Medical and sanitary report of the native army of Madras for the year
Year: 1875
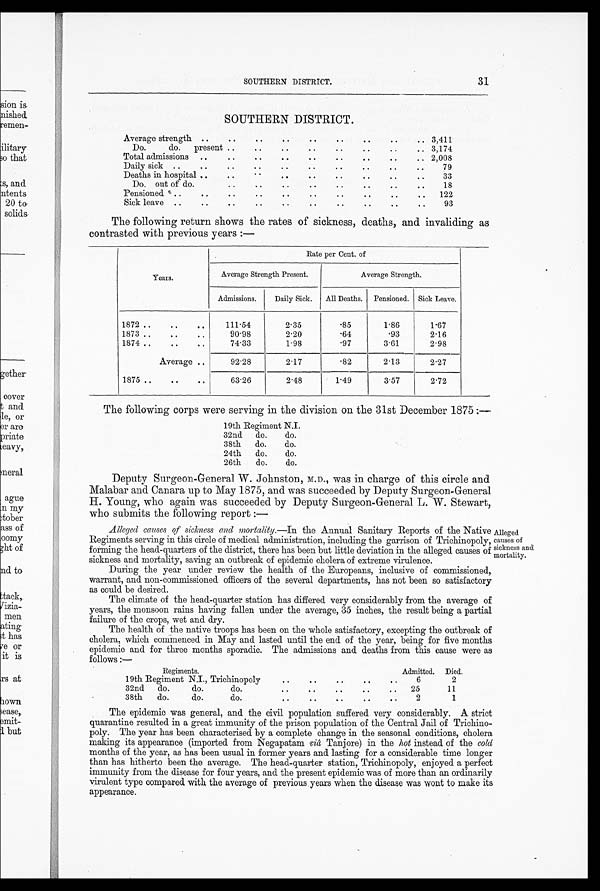
SOUTHERN DISTRICT. 31
SOUTHERN DISTRICT.
Average strength ...
... ... ... ... ...
3,411
Do.
do.
present ..
..
• •
. .
•
3,174
Total admissions
..
...
..
... ...
..
..
2,008
Daily sick ..
...
.. .. .. .
79
Deaths in hospital ..
..
.. ..
33
Do. out of do.
18
Pensioned • . .. • • . • . • .. 9 •
122
Sick leave
..
• 6
• •
. .
• .
93
The following return shows the rates of sickness, deaths, and invaliding as
contrasted with previous years :—
Years.
Rate per Cent. of
Average Strength Present.
Average Strength.
Admissions.
Daily Sick.
All Deaths.
Pensioned. Sick Leave.
1872 ..
..
..
111.54
2.35
.85
1.86
1.67
1873 ..
.. ..
90.98
2.20
.64
.93
2.16
1874 ..
. .
..
74.33
1.98
.97
3.61
2.98
Average ..
92.28
2.17
.82
2.13
2.27
1875 ..
..
..
63.26
2.48
1.49
3.57
2.72
The following corps were serving in the division on the 31st December 1875 :—
19th Regiment N.I.
32nd
do.
do.
38th
do.
do.
24th
do.
do.
26th
do.
do.
Deputy Surgeon-General W. Johnston, M.D., was in charge of this circle and
Malabar and Canara up to May 1875, and was succeeded by Deputy Surgeon-General
H. Young who again was succeeded by Deputy Surgeon-General L. W. Stewart,
who submits the following report : —
Alleged causes of sickness and mortality.—In the Annual Sanitary Reports of the Native
Regiments serving in this circle of medical administration, including the garrison of Trichinopoly,
forming the head-quarters of the district, there has been but little deviation in the alleged causes of
sickness and mortality, saving an outbreak of epidemic cholera of extreme virulence.
During the year under review the health of the Europeans, inclusive of commissioned,
warrant, and non-commissioned officers of the several departments, has not been so satisfactory
as could be desired.
The climate of the head-quarter station has differed very considerably from the average of
years, the monsoon rains having fallen under the average, 35 inches, the result being a partial
failure of the crops, wet and dry.
The health of the native troops has been on the whole satisfactory, excepting the outbreak of
cholera, which commenced in May and lasted until the end of the year, being for five months
epidemic and for three mouths sporadic. The admissions and deaths from this cause were as
follows :—
Alleged
causes of
sickness and
mortality.
Regiments.
Admitted. Died.
1 9 t h R e g i m e n t N . I T r i c h i n o p o i y
6
2
32nd
do.
do.
do...
..
..
. •
. .
25
11
38th
do.
do.
do.
..
..
..
..
..
2
1
The epidemic was general, and the civil population suffered very considerably. A strict
quarantine resulted in a great immunity of the prison population of the Central Jail of Trichino-
poly. The year has been characterised by a complete change in the seasonal conditions, cholera
making its appearance (imported from Negapatam viâ Tanjore) in the hot instead of the cold
months of the year, as has been usual in former years and lasting for a considerable time longer
than has hitherto been the average. The head-quarter station, Trichinopoly, enjoyed a perfect
immunity from the disease for four years, and the present epidemic was of more than an ordinarily
virulent type compared with the average of previous years when the disease was wont to make its
appearance.